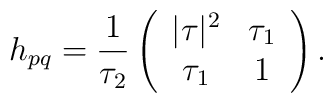
h_{pq}=\frac{1}{\tau_2}\left(\begin{array}{cc}|\tau| ^2& \tau_1 \\\tau_1 & 1\end{array}\right) .